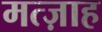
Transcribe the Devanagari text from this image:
मत्ज़ाह